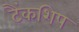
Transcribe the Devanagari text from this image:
टैंकशिप